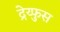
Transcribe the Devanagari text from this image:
द्रेय्फुस